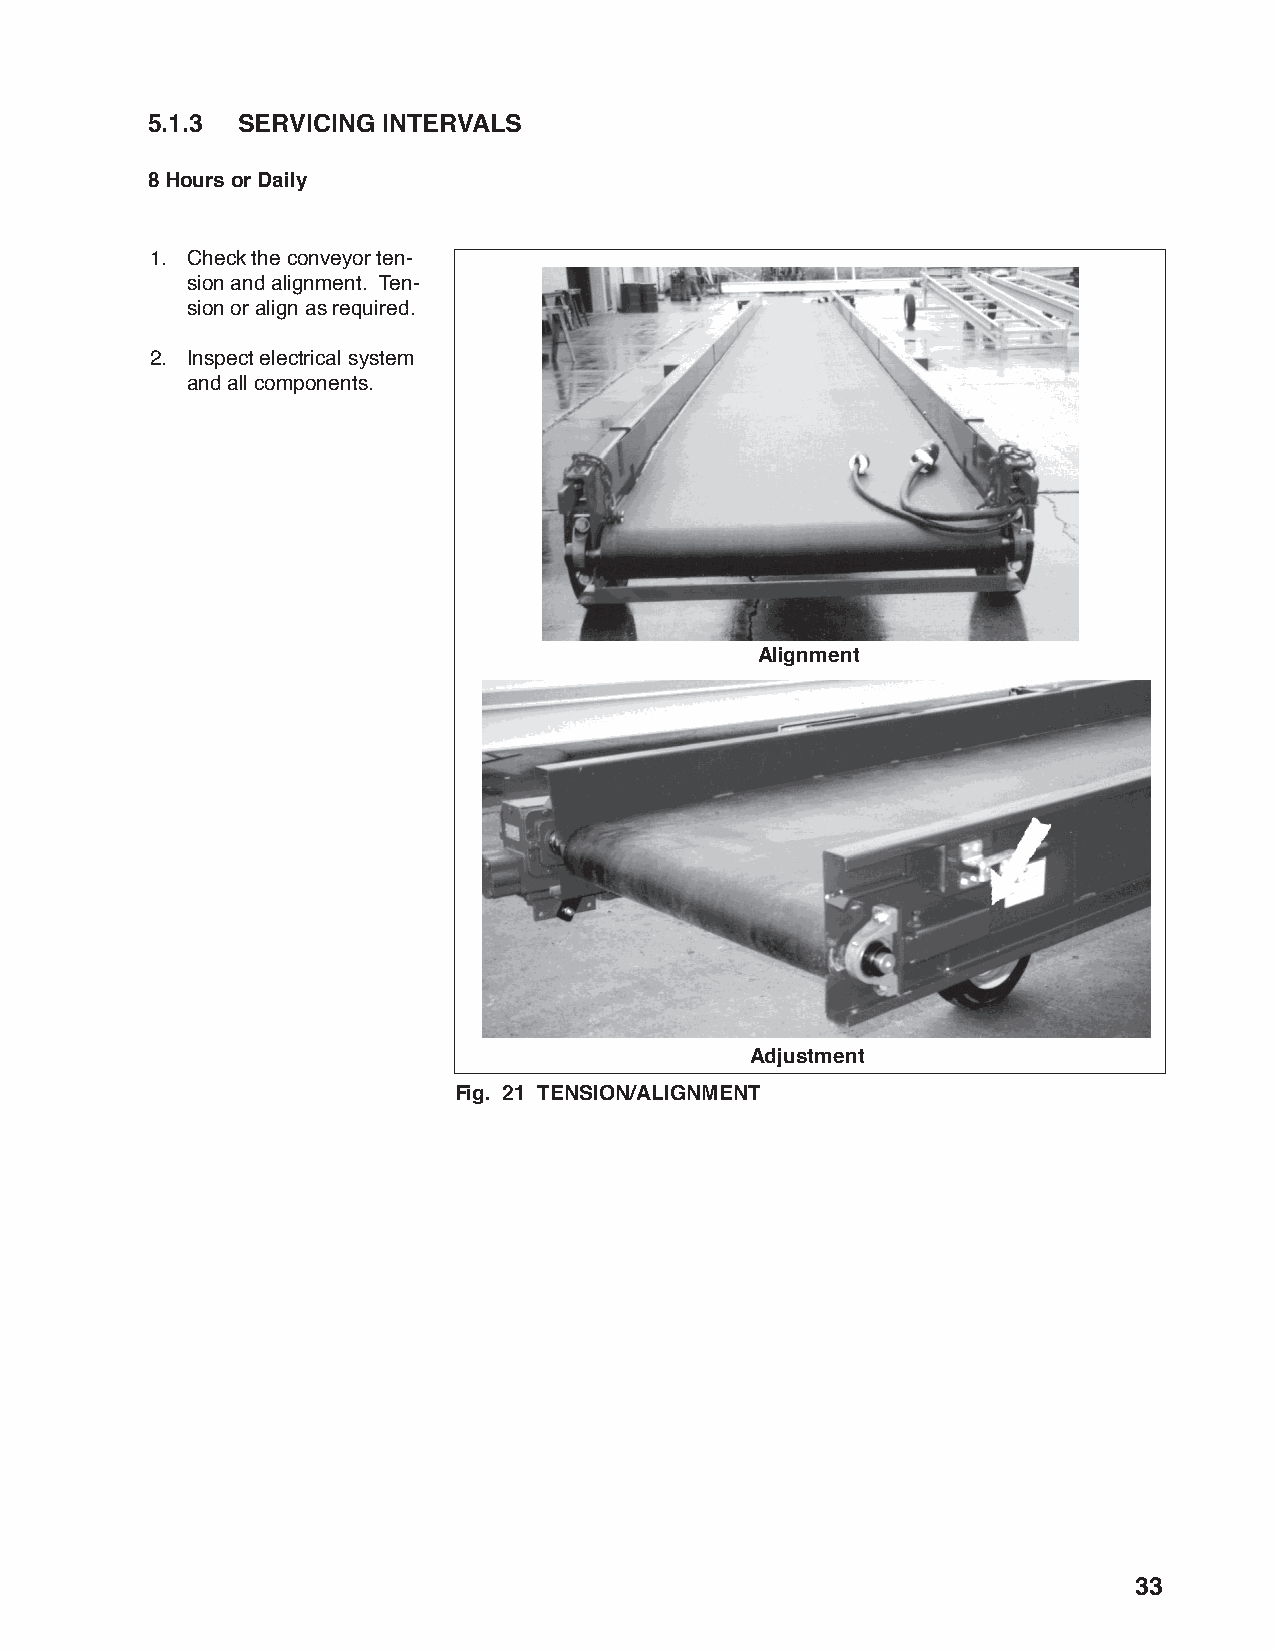
5.1.3 SERVICING INTERVALS
 8 Hours or Daily
 1. Check the conveyor ten-
 sion and alignment. Ten-
 sion or align as required.
 2. Inspect electrical system
 and all components.
 Alignment
 Adjustment
 Fig. 21 TENSION/ALIGNMENT
 33